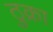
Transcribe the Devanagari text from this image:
ठुक्रा